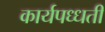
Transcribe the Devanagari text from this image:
कार्यपध्धती